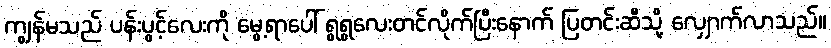
ကျွန်မသည် ပန်းပွင့်လေးကို မွေ့ရာပေါ် ရွရွလေးတင်လိုက်ပြီးနောက် ပြတင်းဆီသို့ လျှောက်လာသည်။